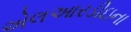
એલઆરડીઇના